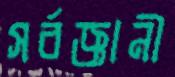
সর্বজ্ঞানী